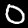
Digit: 0